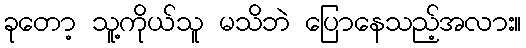
ခုတော့ သူ့ကိုယ်သူ မသိဘဲ ပြောနေသည့်အလား။